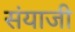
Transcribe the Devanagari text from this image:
संयाजी